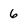
Character: 6